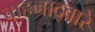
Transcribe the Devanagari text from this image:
वाहनाद्वारे